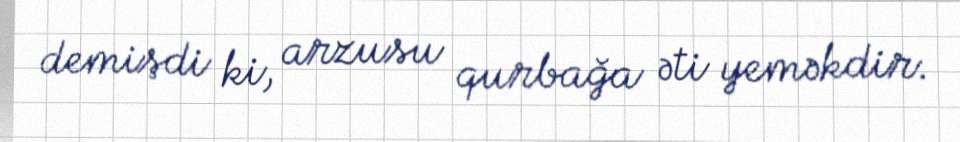
demişdi ki, arzusu qurbağa əti yeməkdir.